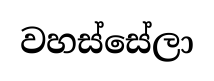
වහස්සේලා